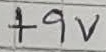
Text: +9V